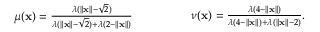
\begin{array} { r } { \mu ( \mathbf { x } ) = \frac { \lambda ( \lVert \mathbf { x } \rVert - \sqrt { 2 } ) } { \lambda ( \lVert \mathbf { x } \rVert - \sqrt { 2 } ) + \lambda ( 2 - \lVert \mathbf { x } \rVert ) } } \end{array} \qquad \qquad \begin{array} { r } { \nu ( \mathbf { x } ) = \frac { \lambda ( 4 - \lVert \mathbf { x } \rVert ) } { \lambda ( 4 - \lVert \mathbf { x } \rVert ) + \lambda ( \lVert \mathbf { x } \rVert - 2 ) } . } \end{array}